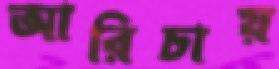
আরিচায়